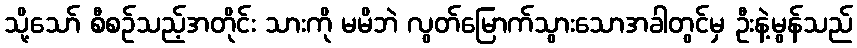
သို့သော် စီစဉ်သည့်အတိုင်း သားကို မမိဘဲ လွတ်မြောက်သွားသောအခါတွင်မှ ဦးနဲ့မွန်သည်